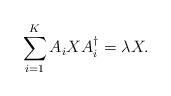
LaTeX: \begin{align*}\sum_{i=1}^K A_i X A_i^{\dagger} = \lambda X.\end{align*}